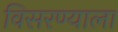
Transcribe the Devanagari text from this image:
विसरण्याला